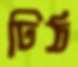
ঢিঠ